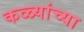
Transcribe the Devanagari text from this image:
कळ्यांच्या